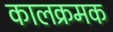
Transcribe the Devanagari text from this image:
कालक्रमक